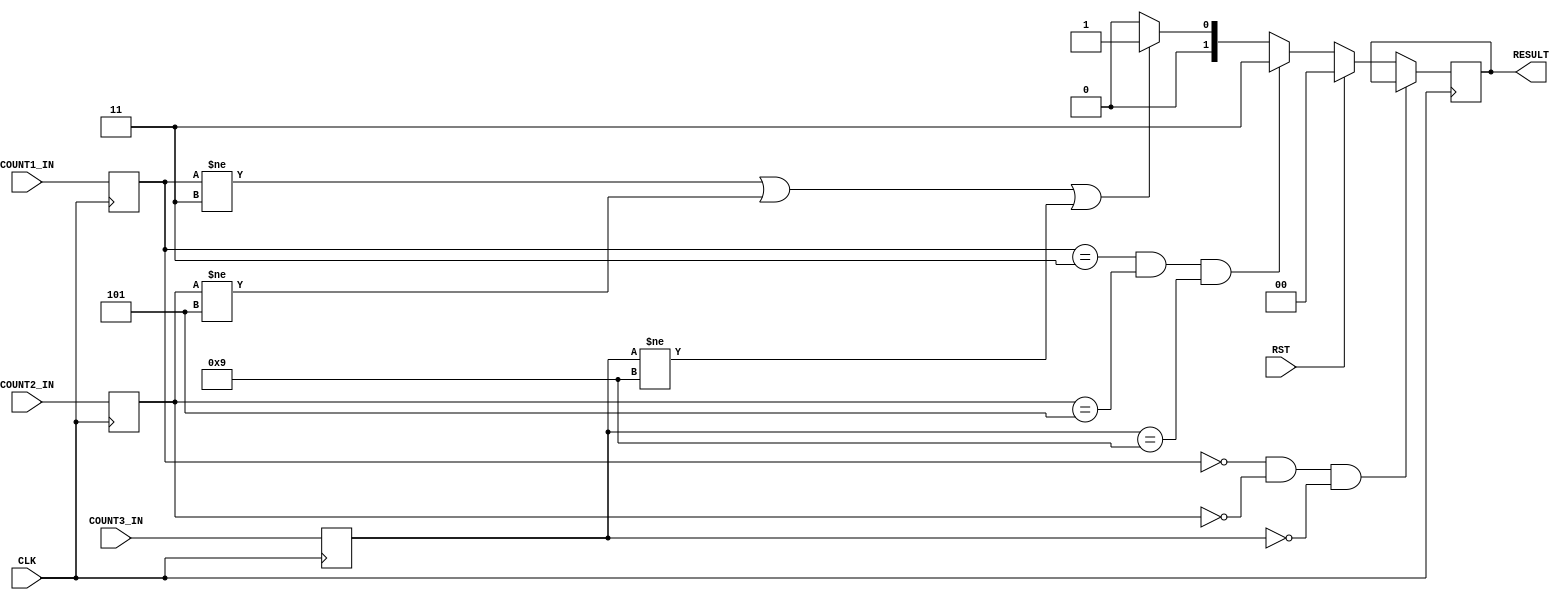
module CHECK(
input CLK,RST,
input [3:0] COUNT1_IN, COUNT2_IN, COUNT3_IN,
output reg [1:0] RESULT//LED
);


reg [3:0] ANSWER_CHECK1, ANSWER_CHECK2, ANSWER_CHECK3;

always@(posedge CLK)begin

ANSWER_CHECK1 <= COUNT1_IN;
ANSWER_CHECK2 <= COUNT2_IN;
ANSWER_CHECK3 <= COUNT3_IN;
end


always @(posedge CLK)begin
  if(ANSWER_CHECK1 == 0 && ANSWER_CHECK2 == 0 && ANSWER_CHECK3 == 0) 
    RESULT <= RESULT;
  else if(RST)
    RESULT <= 2'b00;
  else if(ANSWER_CHECK1 == 4'd3 && ANSWER_CHECK2 == 4'd5 && ANSWER_CHECK3 == 4'd9)//correct
    RESULT <= 2'b11;
  else if(ANSWER_CHECK1 != 4'd3 || ANSWER_CHECK2 != 4'd5 || ANSWER_CHECK3 != 4'd9)//wrong
    RESULT <= 2'b01;    
  else
    RESULT <= 2'b00;  
end


endmodule